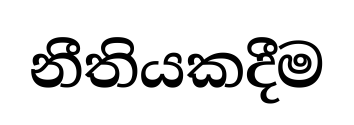
නීතියකදීම